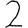
Digit: 2